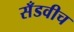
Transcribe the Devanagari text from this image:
सँडवीच